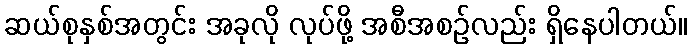
ဆယ်စုနှစ်အတွင်း အခုလို လုပ်ဖို့ အစီအစဉ်လည်း ရှိနေပါတယ်။